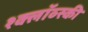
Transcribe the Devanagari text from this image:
श्क्लॉव्स्की